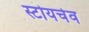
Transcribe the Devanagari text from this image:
स्टोयचेव